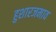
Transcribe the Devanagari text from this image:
हुशारजमाव